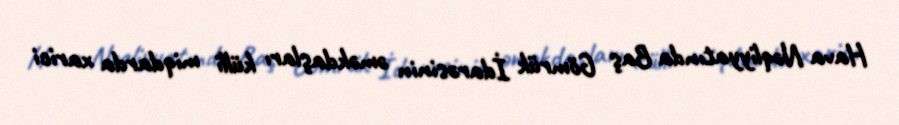
Hava Nəqliyyatında Baş Gömrük İdarəsinin əməkdaşları külli miqdarda xarici